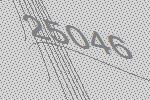
25046